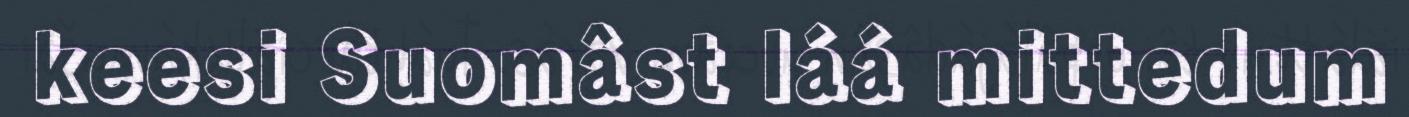
keesi Suomâst láá mittedum